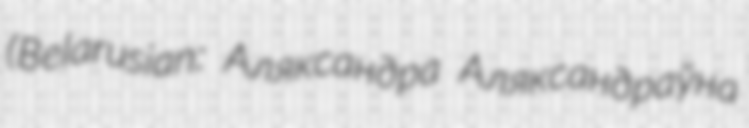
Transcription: (Belarusian: Аляксандра Аляксандраўна